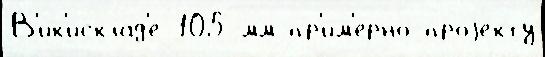
В'ик'исклад'е 105-мм пр'им'е́рно проjе́кту